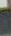
-